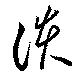
護